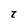
Character: t